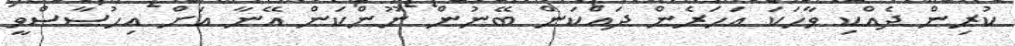
ކުރިން ދެއްކި ވާހަކަ އަހަރެން ދައްކަން ބޭނުން ނޫންކަން އޭނާ އަށް އިހުސާސްވީ